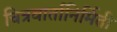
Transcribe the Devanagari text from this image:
चित्रवार्तानिर्मिती